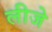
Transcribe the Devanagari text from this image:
लीजे